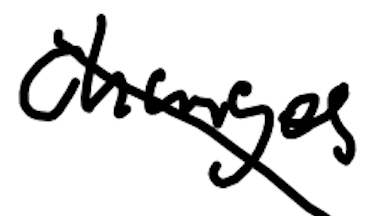
Text: changes
Cross-out: mix
Writing tool: digital_black